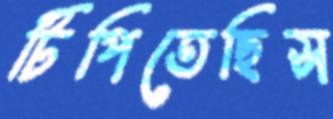
টিপিতেছিস